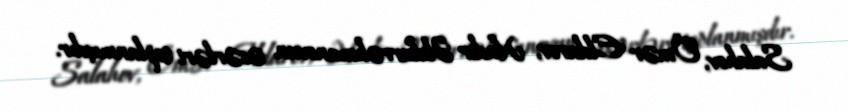
Salahov, Ömər Eldarov, Nadir Əbdurrəhmanovun əsərləri toplanmışdır.